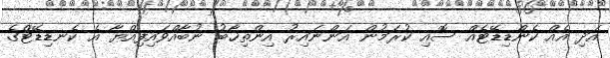
އަދި އެއް ކެންޑިޑޭޓެއް ސޮއި ކުރަމުން އަންނައިރު އިންތިޚާބު ނުބާއްވައިފިއްޔާ އެ ކެނޑިޑޭޓްގެ